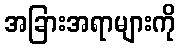
အခြားအရာများကို